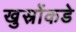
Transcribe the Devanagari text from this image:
खुस्रोंकडे